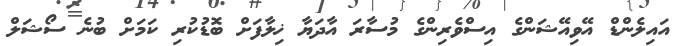
އައިލެންޑް އޭވިއޭޝަންގެ އިސްވެރިންގެ މުސާރަ އާދަޔާ ޚިލާފަށް ބޮޑުކުރި ކަމަށް ބުނެ ސޯޝަލް